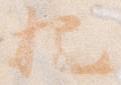
把